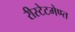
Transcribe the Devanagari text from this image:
रीस्टेटमेण्त